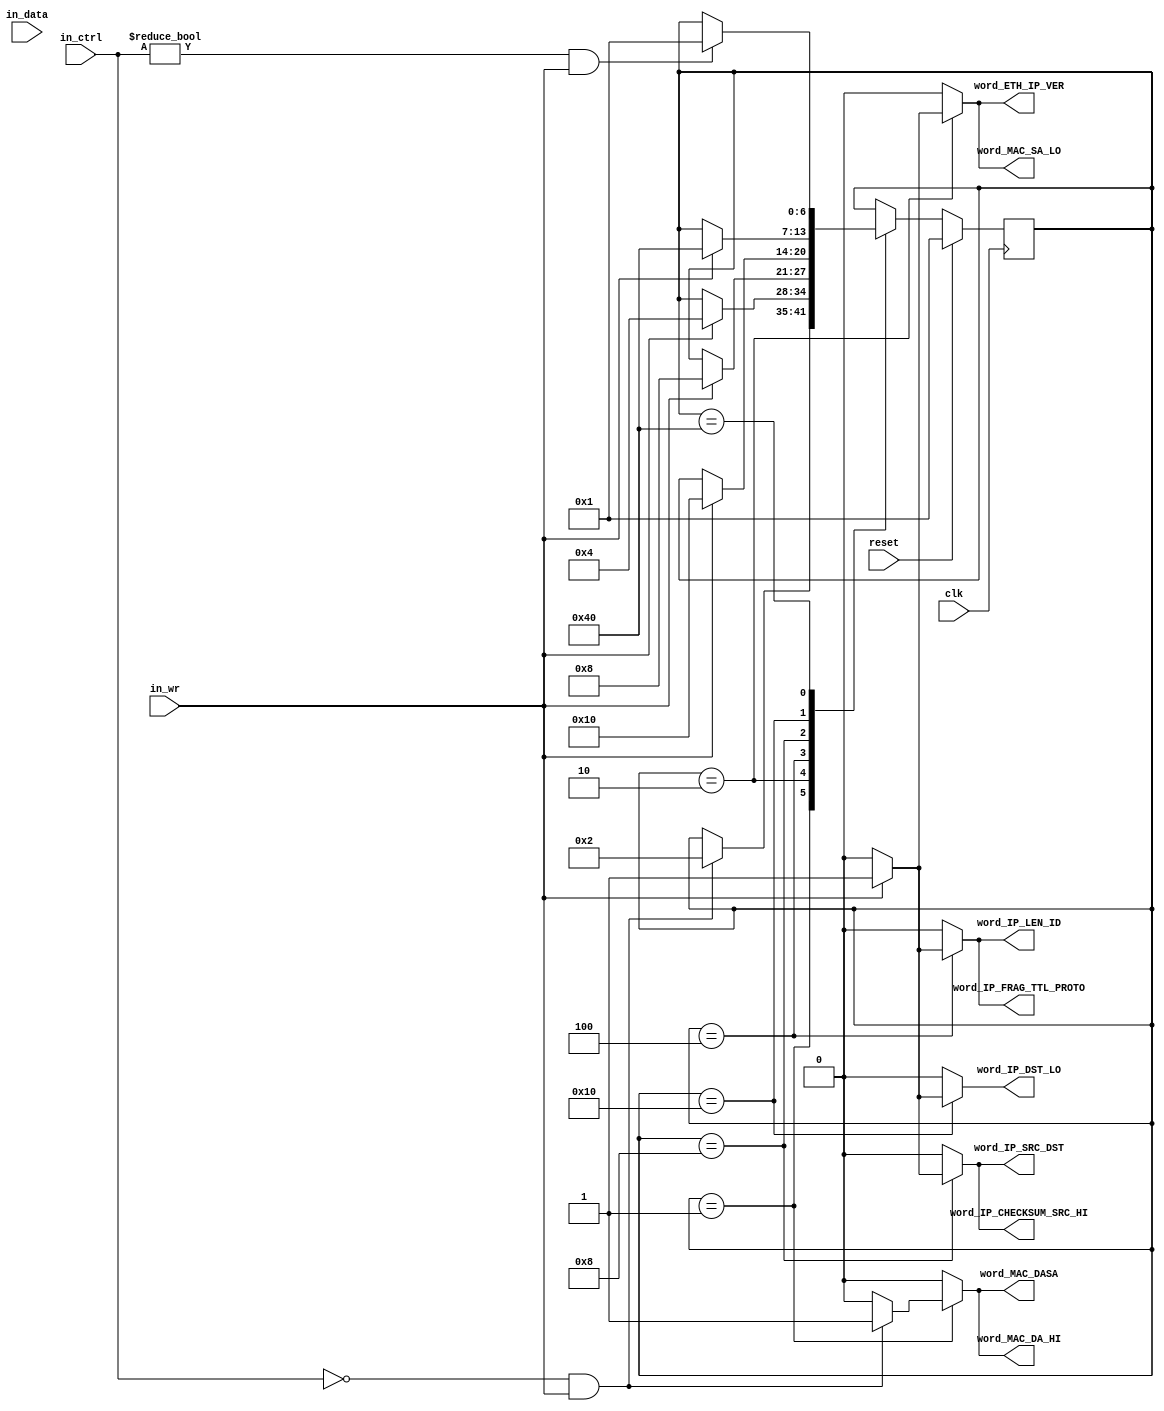
module preprocess_control
    #(parameter DATA_WIDTH = 64,
      parameter CTRL_WIDTH = DATA_WIDTH/8
      )
   (// --- Interface to the previous stage
    input  [DATA_WIDTH-1:0]            in_data,
    input  [CTRL_WIDTH-1:0]            in_ctrl,
    input                              in_wr,

    // --- Interface to other preprocess blocks
    output reg                         word_MAC_DA_HI,
    output reg                         word_MAC_DASA,
    output reg                         word_MAC_SA_LO,
    output reg                         word_ETH_IP_VER,
    output reg                         word_IP_LEN_ID,
    output reg                         word_IP_FRAG_TTL_PROTO,
    output reg                         word_IP_CHECKSUM_SRC_HI,
    output reg                         word_IP_SRC_DST,
    output reg                         word_IP_DST_LO,

    // --- Misc
    
    input                              reset,
    input                              clk
   );

   function integer log2;
      input integer number;
      begin
         log2=0;
         while(2**log2<number) begin
            log2=log2+1;
         end
      end
   endfunction // log2
   
   //------------------ Internal Parameter ---------------------------
   
   localparam SKIP_MODULE_HDRS = 1;
   localparam WORD_1           = 2;
   localparam WORD_2           = 4;
   localparam WORD_3           = 8;
   localparam WORD_4           = 16;
   localparam WORD_5           = 32;
   localparam WAIT_EOP         = 64;

   //---------------------- Wires/Regs -------------------------------
   reg [6:0]                            state, state_next;
       
   //------------------------ Logic ----------------------------------

   always @(*) begin
      state_next = state;
      word_MAC_DA_HI = 0;
      word_MAC_DASA  = 0;
      word_MAC_SA_LO = 0;
      word_ETH_IP_VER = 0;
      word_IP_LEN_ID = 0;
      word_IP_FRAG_TTL_PROTO = 0;
      word_IP_CHECKSUM_SRC_HI = 0;
      word_IP_SRC_DST = 0;
      word_IP_DST_LO = 0;
      
      case(state)
        SKIP_MODULE_HDRS: begin
           if(in_ctrl==0 && in_wr) begin
              word_MAC_DA_HI = 1;
              word_MAC_DASA  = 1;
              state_next     = WORD_1;
           end
        end

        WORD_1: begin
           if(in_wr) begin
              word_MAC_SA_LO = 1;
              word_ETH_IP_VER = 1;
              state_next = WORD_2;
           end
        end

        WORD_2: begin
           if(in_wr) begin
              word_IP_LEN_ID = 1;
              word_IP_FRAG_TTL_PROTO = 1;
              state_next = WORD_3;
           end
        end

        WORD_3: begin
           if(in_wr) begin
              word_IP_CHECKSUM_SRC_HI = 1;
              word_IP_SRC_DST = 1;
              state_next = WORD_4;
           end
        end

        WORD_4: begin
           if(in_wr) begin
              word_IP_DST_LO = 1;
              state_next = WAIT_EOP;
           end
        end

        WAIT_EOP: begin
           if(in_ctrl!=0 & in_wr) begin
              state_next = SKIP_MODULE_HDRS;
           end
        end
      endcase // case(state)
   end // always @ (*)
   
   always@(posedge clk) begin
      if(reset) begin
         state <= SKIP_MODULE_HDRS;
      end
      else begin
         state <= state_next;
      end
   end

endmodule